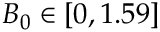
B _ { 0 } \in [ 0 , 1 . 5 9 ]